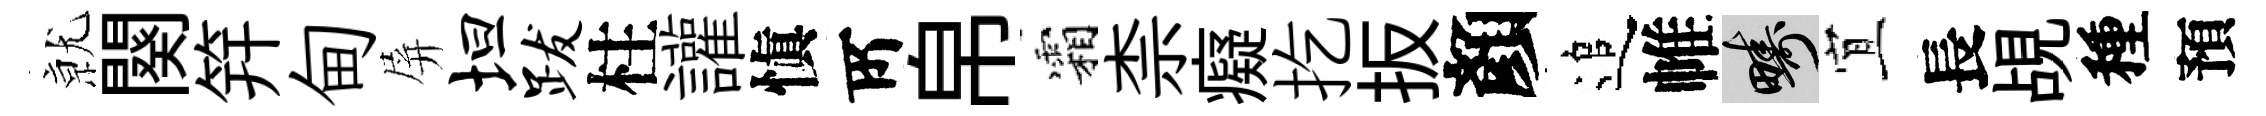
𭕒闋笄甸屏坦跋柱讙愼𠩄帛霜柰癡扢扳顏追帷疇宜長覘種預